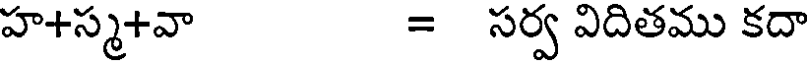
హ+స్మ+వా = సర్వ విదితము కదా